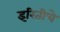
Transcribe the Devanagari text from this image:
इरितीचे